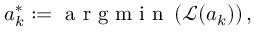
a _ { k } ^ { * } : = \mathrm { ~ a ~ r ~ g ~ m ~ i ~ n ~ } \left( \mathcal { L } ( a _ { k } ) \right) ,